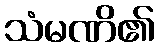
သံမဏိ၏